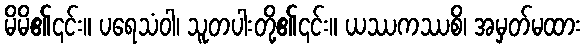
မိမိ၏၎င်း။ ပရေသံဝါ၊ သူတပါးတို့၏၎င်း။ ယဿကဿစိ၊ အမှတ်မထား